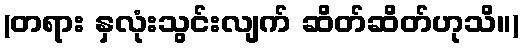
(တရား နှလုံးသွင်းလျက် ဆိတ်ဆိတ်ဟုသိ။)